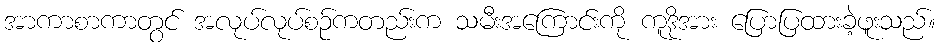
အာကာစာကာတွင် အလုပ်လုပ်စဉ်ကတည်းက သမီးအကြောင်းကို ကူဒိုအား ပြောပြထားခဲ့ဖူးသည်။